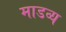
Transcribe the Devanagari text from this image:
माडव्य